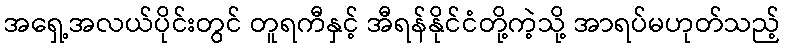
အရှေ့အလယ်ပိုင်းတွင် တူရကီနှင့် အီရန်နိုင်ငံတို့ကဲ့သို့ အာရပ်မဟုတ်သည့်